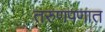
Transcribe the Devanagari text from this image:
तरुणपणात